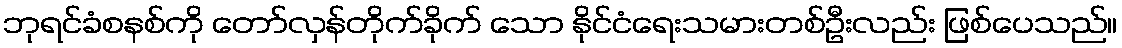
ဘုရင်ခံစနစ်ကို တော်လှန်တိုက်ခိုက် သော နိုင်ငံရေးသမားတစ်ဦးလည်း ဖြစ်ပေသည်။